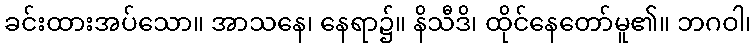
ခင်းထားအပ်သော။ အာသနေ၊ နေရာ၌။ နိသီဒိ၊ ထိုင်နေတော်မူ၏။ ဘဂဝါ၊